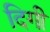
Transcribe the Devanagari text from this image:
दिगी